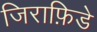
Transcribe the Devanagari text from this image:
जिराफ़िडे